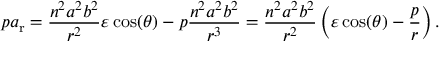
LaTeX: p a _ { \mathrm { r } } = { \frac { n ^ { 2 } a ^ { 2 } b ^ { 2 } } { r ^ { 2 } } } \varepsilon \cos ( \theta ) - p { \frac { n ^ { 2 } a ^ { 2 } b ^ { 2 } } { r ^ { 3 } } } = { \frac { n ^ { 2 } a ^ { 2 } b ^ { 2 } } { r ^ { 2 } } } \left( \varepsilon \cos ( \theta ) - { \frac { p } { r } } \right) .